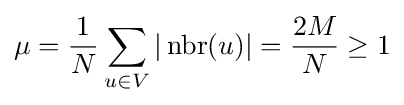
\mu ={\frac {1}{N}}\sum _{u\in V}|\operatorname {nbr} (u)|={\frac {2M}{N}}\geq 1